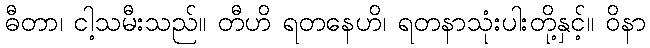
ဓီတာ၊ ငါ့သမီးသည်။ တီဟိ ရတနေဟိ၊ ရတနာသုံးပါးတို့နှင့်။ ဝိနာ